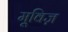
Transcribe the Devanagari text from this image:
मूविज़